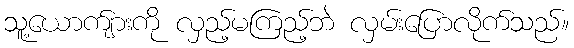
သူ့ယောက်ျားကို လှည့်မကြည့်ဘဲ လှမ်းပြောလိုက်သည်။